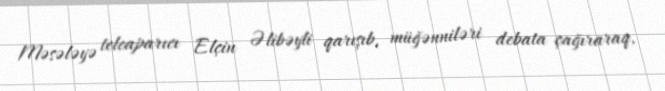
Məsələyə teleaparıcı Elçin Əlibəyli qarışıb, müğənniləri debata çağıraraq,